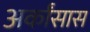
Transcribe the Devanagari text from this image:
अर्कांसास